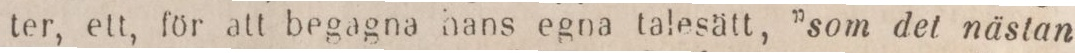
ter, ett, för att begagna hans egna talesätt, ”som det nästan